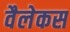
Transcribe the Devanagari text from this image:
वैलेकस